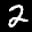
Label: 2